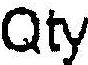
QTY